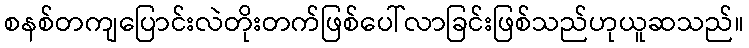
စနစ်တကျပြောင်းလဲတိုးတက်ဖြစ်ပေါ်လာခြင်းဖြစ်သည်ဟုယူဆသည်။